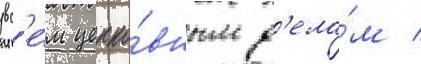
вс'е́м церко́вным д'ела́м /